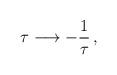
LaTeX: \begin{align*}\tau \longrightarrow -\frac{1}{\tau} \, ,\end{align*}